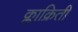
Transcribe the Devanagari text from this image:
क्लाक्रितीं